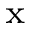
_ \textrm { x }